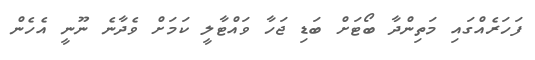
ފަހަރެއްގައި މަތިންދާ ބޯޓަށް ބަޑި ޖަހާ ވައްޓާލީ ކަމަށް ވެދާނެ ނޫނީ އެހެން